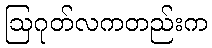
ဩဂုတ်လကတည်းက